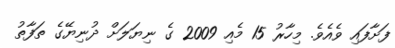
ފަށާފައި ވެއެވެ. މިހާރު 15 މެއި 2009 ގެ ނިޔަލަށް ދުނިޔޭގެ ތަފާތު